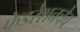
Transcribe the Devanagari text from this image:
फेडरेशनचेच